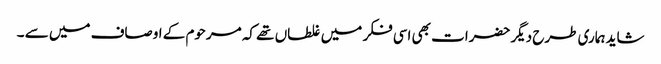
شاید ہماری طرح دیگر حضرات بھی اسی فکر میں غلطاں تھے کہ مرحوم کے اوصاف میں سے ۔